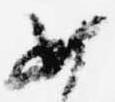
如